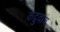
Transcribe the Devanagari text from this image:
कद्रुदाय